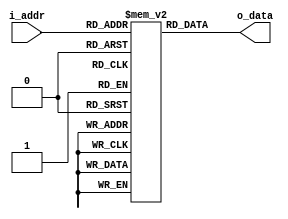
`ifndef ROM_V
`define ROM_V 1

module rom(
    input [18:0] i_addr,
    output [7:0] o_data
);
    reg [7:0] memory [0:524287];

    assign o_data = memory[i_addr];
endmodule

`endif